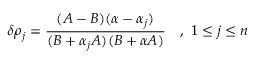
\delta \rho _ { j } = \frac { ( A - B ) ( \alpha - \alpha _ { j } ) } { ( B + \alpha _ { j } A ) ( B + \alpha A ) } \quad , \ 1 \leq j \leq n